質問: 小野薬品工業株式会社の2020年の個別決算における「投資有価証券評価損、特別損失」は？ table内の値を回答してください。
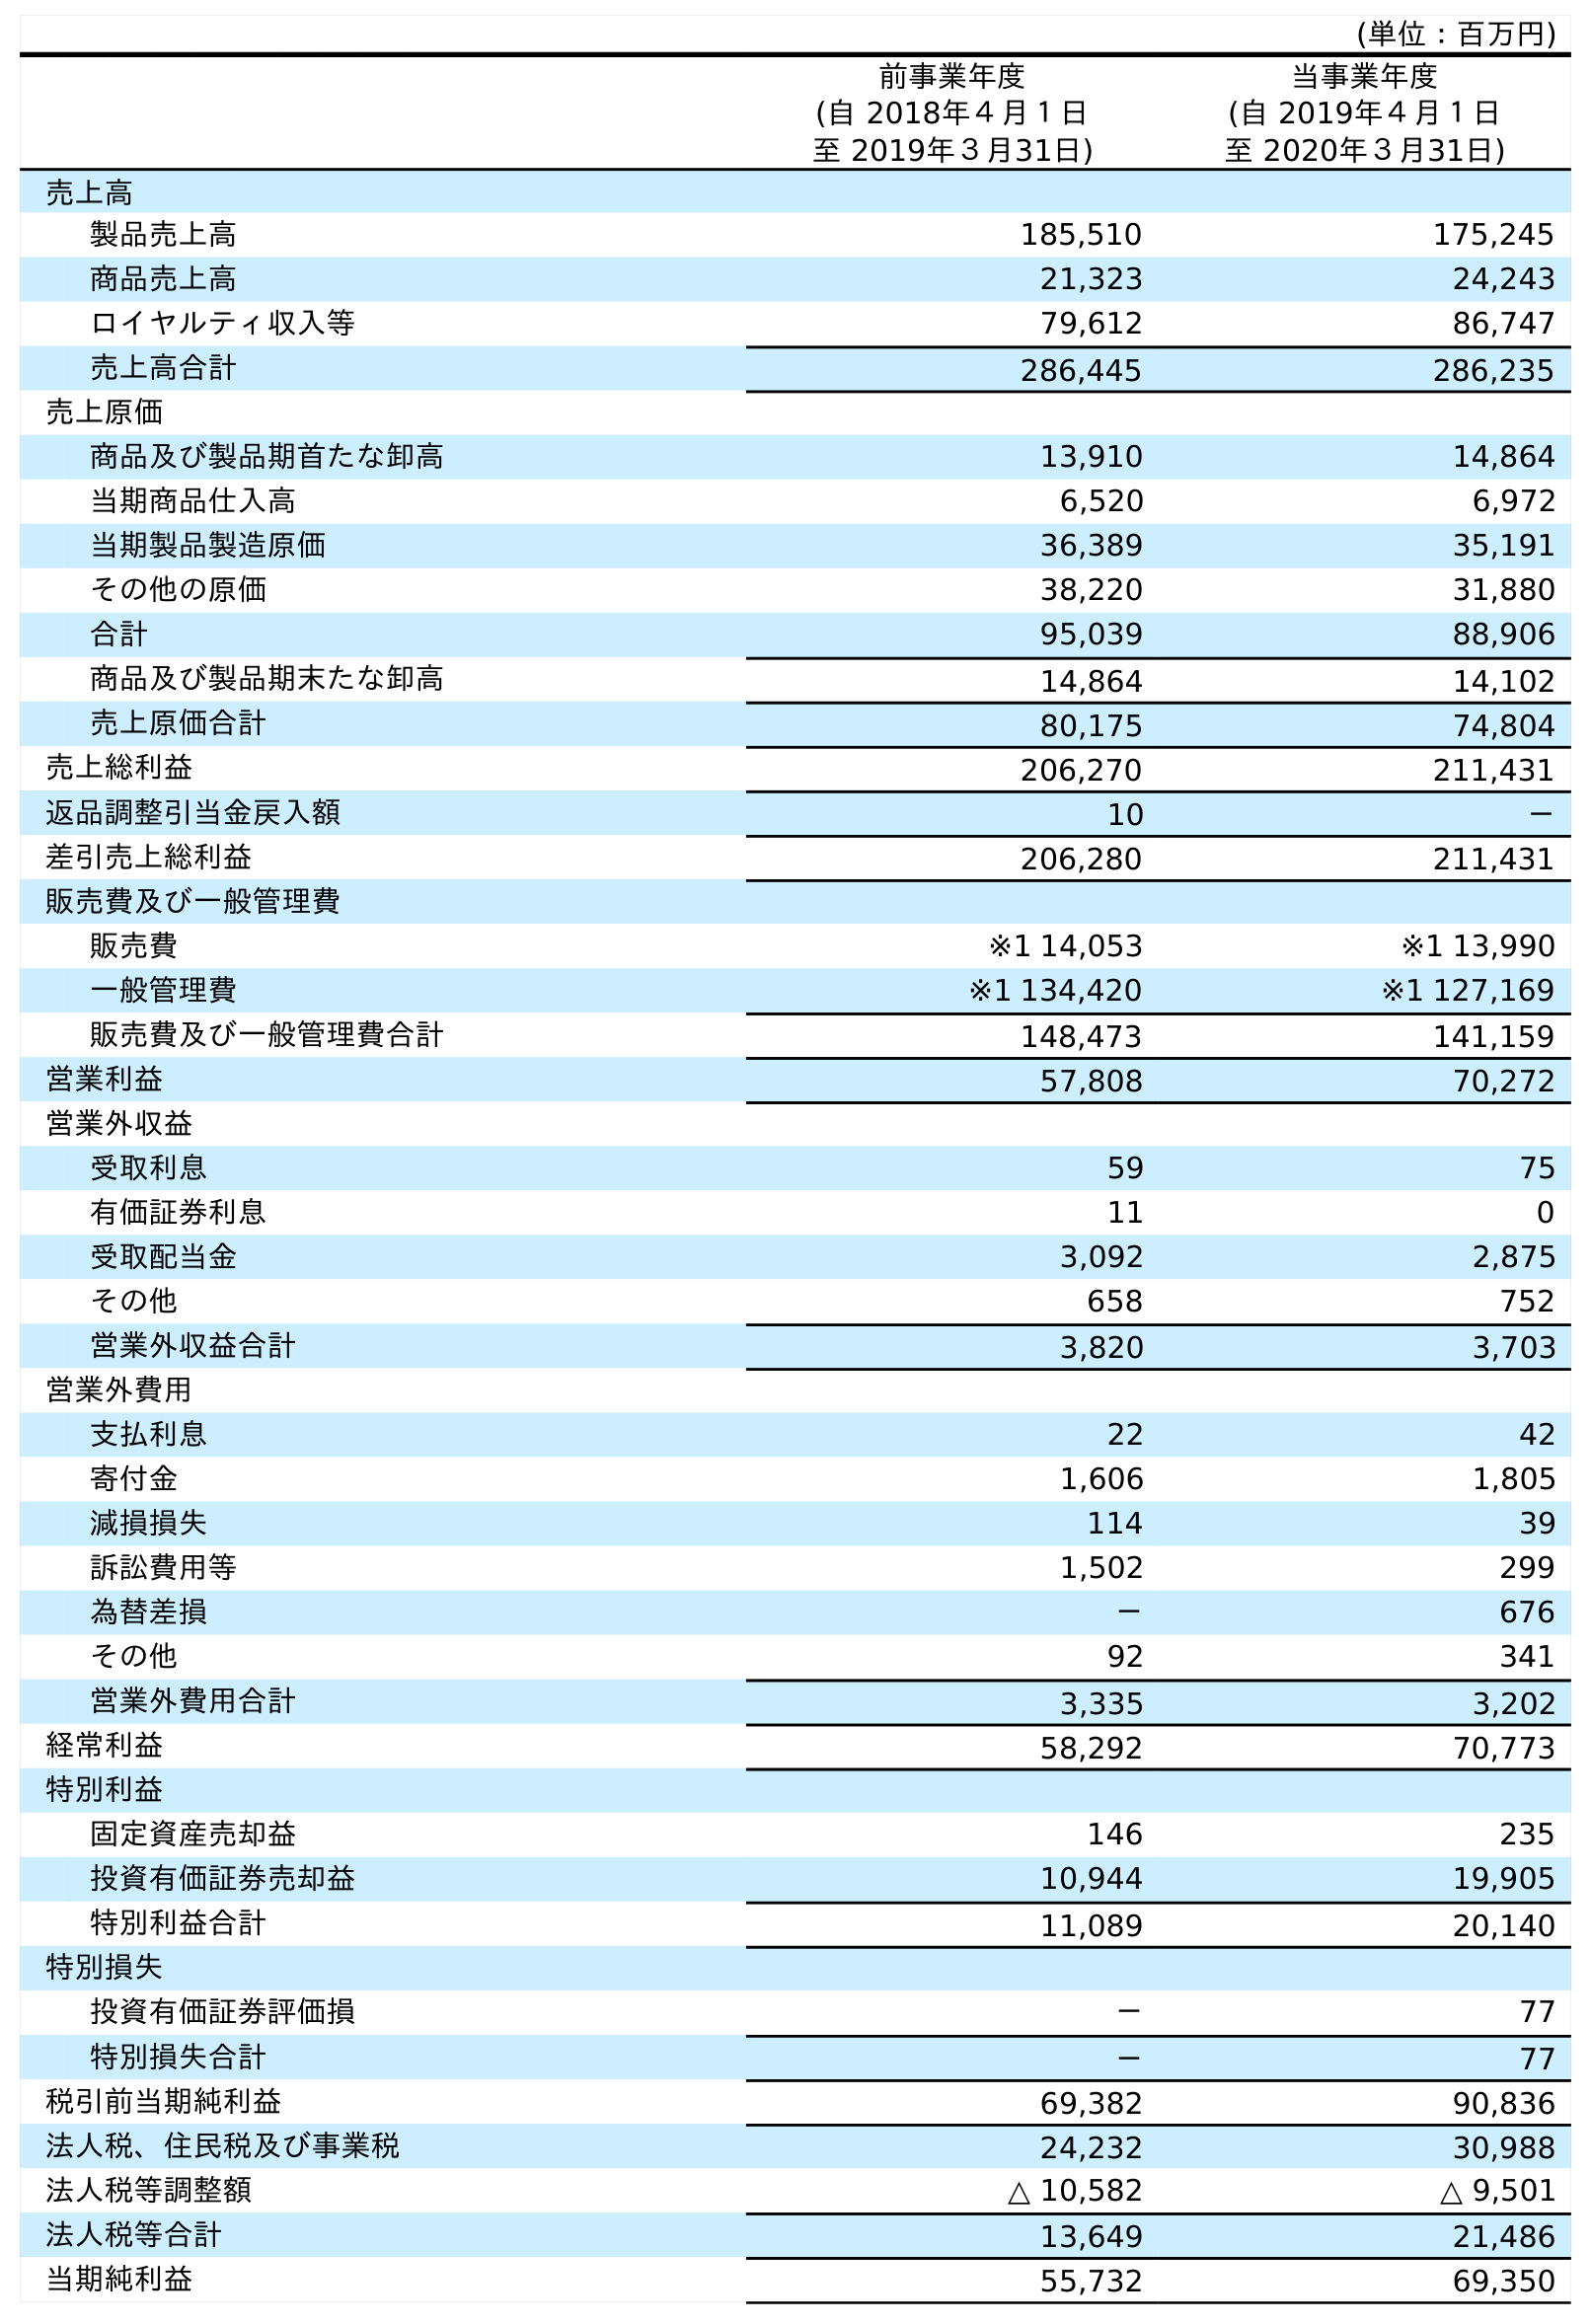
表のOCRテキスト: (単位：百万円) 前事業年度 (自 2018年４月１日 至 2019年３月31日) 当事業年度 (自 2019年４月１日 至 2020年３月31日) 売上高 製品売上高 185,510 175,245 商品売上高 21,323 24,243 ロイヤルティ収入等 79,612 86,747 売上高合計 286,445 286,235 売上原価 商品及び製品期首たな卸高 13,910 14,864 当期商品仕入高 6,520 6,972 当期製品製造原価 36,389 35,191 その他の原価 38,220 31,880 合計 95,039 88,906 商品及び製品期末たな卸高 14,864 14,102 売上原価合計 80,175 74,804 売上総利益 206,270 211,431 返品調整引当金戻入額 10 － 差引売上総利益 206,280 211,431 販売費及び一般管理費 販売費 ※1 14,053 ※1 13,990 一般管理費 ※1 134,420 ※1 127,169 販売費及び一般管理費合計 148,473 141,159 営業利益 57,808 70,272 営業外収益 受取利息 59 75 有価証券利息 11 0 受取配当金 3,092 2,875 その他 658 752 営業外収益合計 3,820 3,703 営業外費用 支払利息 22 42 寄付金 1,606 1,805 減損損失 114 39 訴訟費用等 1,502 299 為替差損 － 676 その他 92 341 営業外費用合計 3,335 3,202 経常利益 58,292 70,773 特別利益 固定資産売却益 146 235 投資有価証券売却益 10,944 19,905 特別利益合計 11,089 20,140 特別損失 投資有価証券評価損 － 77 特別損失合計 － 77 税引前当期純利益 69,382 90,836 法人税、住民税及び事業税 24,232 30,988 法人税等調整額 △ 10,582 △ 9,501 法人税等合計 13,649 21,486 当期純利益 55,732 69,350
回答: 77